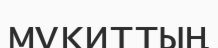
мұқиттың